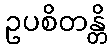
ဥပစိတန္တိ